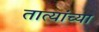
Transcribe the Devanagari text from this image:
तात्यांच्या